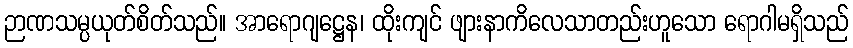
ဉာဏသမ္ပယုတ်စိတ်သည်။ အာရောဂျဋ္ဌေန၊ ထိုးကျင် ဖျားနာကိလေသာတည်းဟူသော ရောဂါမရှိသည်